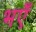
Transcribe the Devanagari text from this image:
भएँ